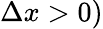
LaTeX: \Delta x>0)